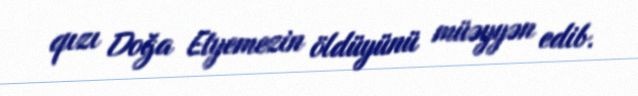
qızı Doğa Etyemezin öldüyünü müəyyən edib.